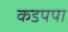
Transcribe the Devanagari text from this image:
कडपपा